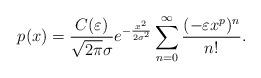
LaTeX: \begin{align*}p(x)=\frac{C(\varepsilon)}{\sqrt{2\pi} \sigma} e^{-\frac{x^{2}}{2 \sigma^{2}}} \sum_{n=0}^{\infty} \frac{(-\varepsilon x^{p})^{n}}{n!}. \end{align*}